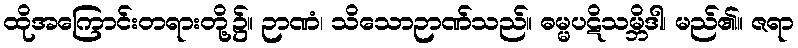
ထိုအကြောင်းတရားတို့၌။ ဉာဏံ၊ သိသောဉာဏ်သည်။ ဓမ္မပဋိသမ္ဘိဒါ၊ မည်၏။ ဇရာ